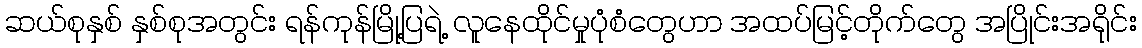
ဆယ်စုနှစ် နှစ်စုအတွင်း ရန်ကုန်မြို့ပြရဲ့ လူနေထိုင်မှုပုံစံတွေဟာ အထပ်မြင့်တိုက်တွေ အပြိုင်းအရိုင်း